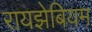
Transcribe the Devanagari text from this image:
रायझेबियम